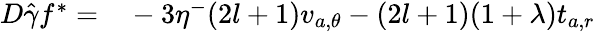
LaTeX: \begin{array}{rl}{D\hat{\gamma}f^{*}=}&{{}-3\eta^{-}(2l+1)v_{a,\theta}-(2l+1)(1+\lambda)t_{a,r}}\end{array}